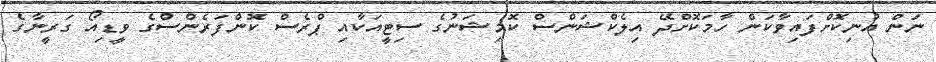
ނަން އުނިކޮށްފައިވާކަން ހާމަކޮށްދޭ އިލެކްޝަންސް ކޮމިޝަނުގެ ސިޓީއަކާއި ޕްރެސް ކޮންފަރެންސްގެ ވީޑިއޯ ގަރީނާގެ